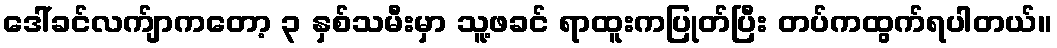
ဒေါ်ခင်လက်ျာကတော့ ၃ နှစ်သမီးမှာ သူ့ဖခင် ရာထူးကပြုတ်ပြီး တပ်ကထွက်ရပါတယ်။